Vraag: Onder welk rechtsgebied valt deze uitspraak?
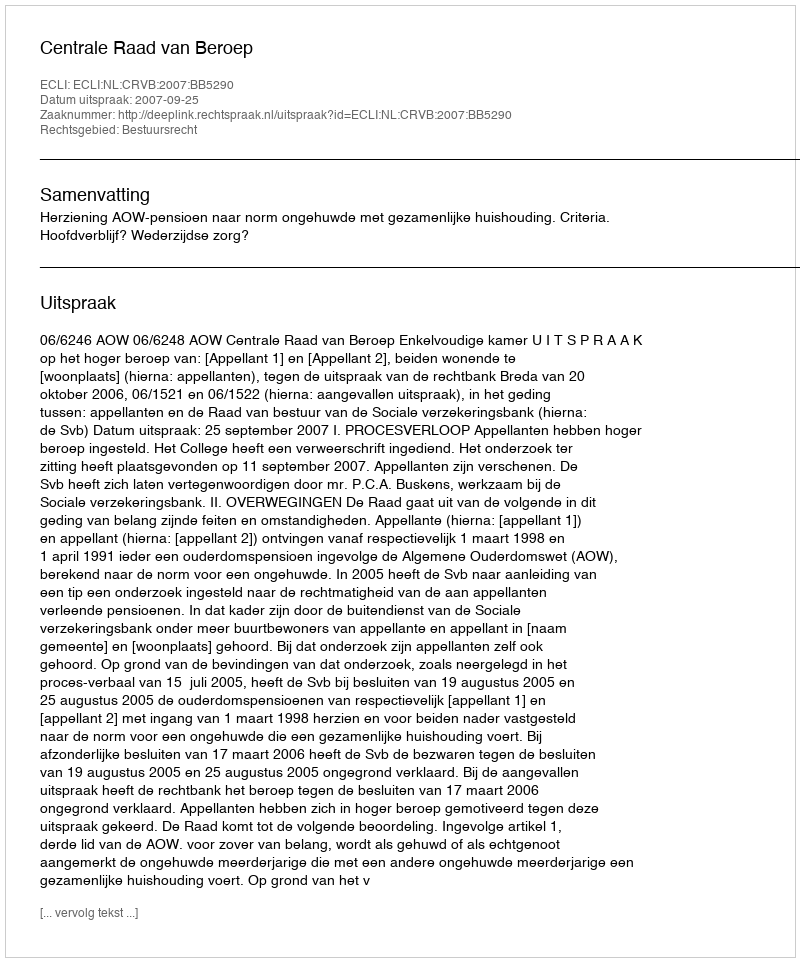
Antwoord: Bestuursrecht